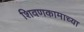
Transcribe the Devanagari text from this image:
शिवणकामाच्या